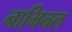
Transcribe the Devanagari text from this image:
नामिनल